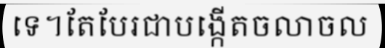
ទេ។តែបែរជាបង្កើតចលាចល